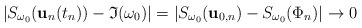
\begin{align*}|S_{\omega_0} ({\bf u}_{n}(t_n)) - \mathfrak{I}(\omega_0)|=| S_{\omega_0} ({\bf u}_{0,n})- S_{\omega_0} (\Phi_n) |\to 0 \end{align*}